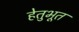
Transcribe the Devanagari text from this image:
हेतुभूत